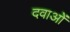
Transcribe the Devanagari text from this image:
दवाअों